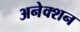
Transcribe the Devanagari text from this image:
अनेक्शन